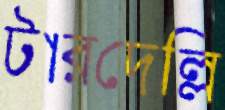
টারদেল্লি